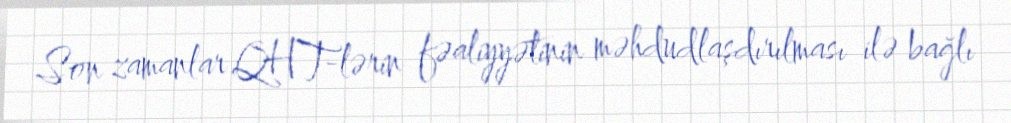
Son zamanlar QHT-lərin fəaliyyətinin məhdudlaşdırılması ilə bağlı